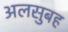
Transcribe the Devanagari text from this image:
अलसुबह